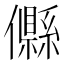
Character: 𠐴